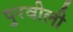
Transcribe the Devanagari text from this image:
पुरवीली